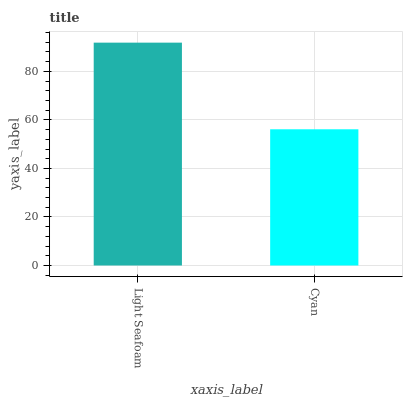
| xaxis_label | bars |
 | --- | --- |
 | Light Seafoam | 91.8 |
 | Cyan | 56.1 |